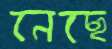
নেছে